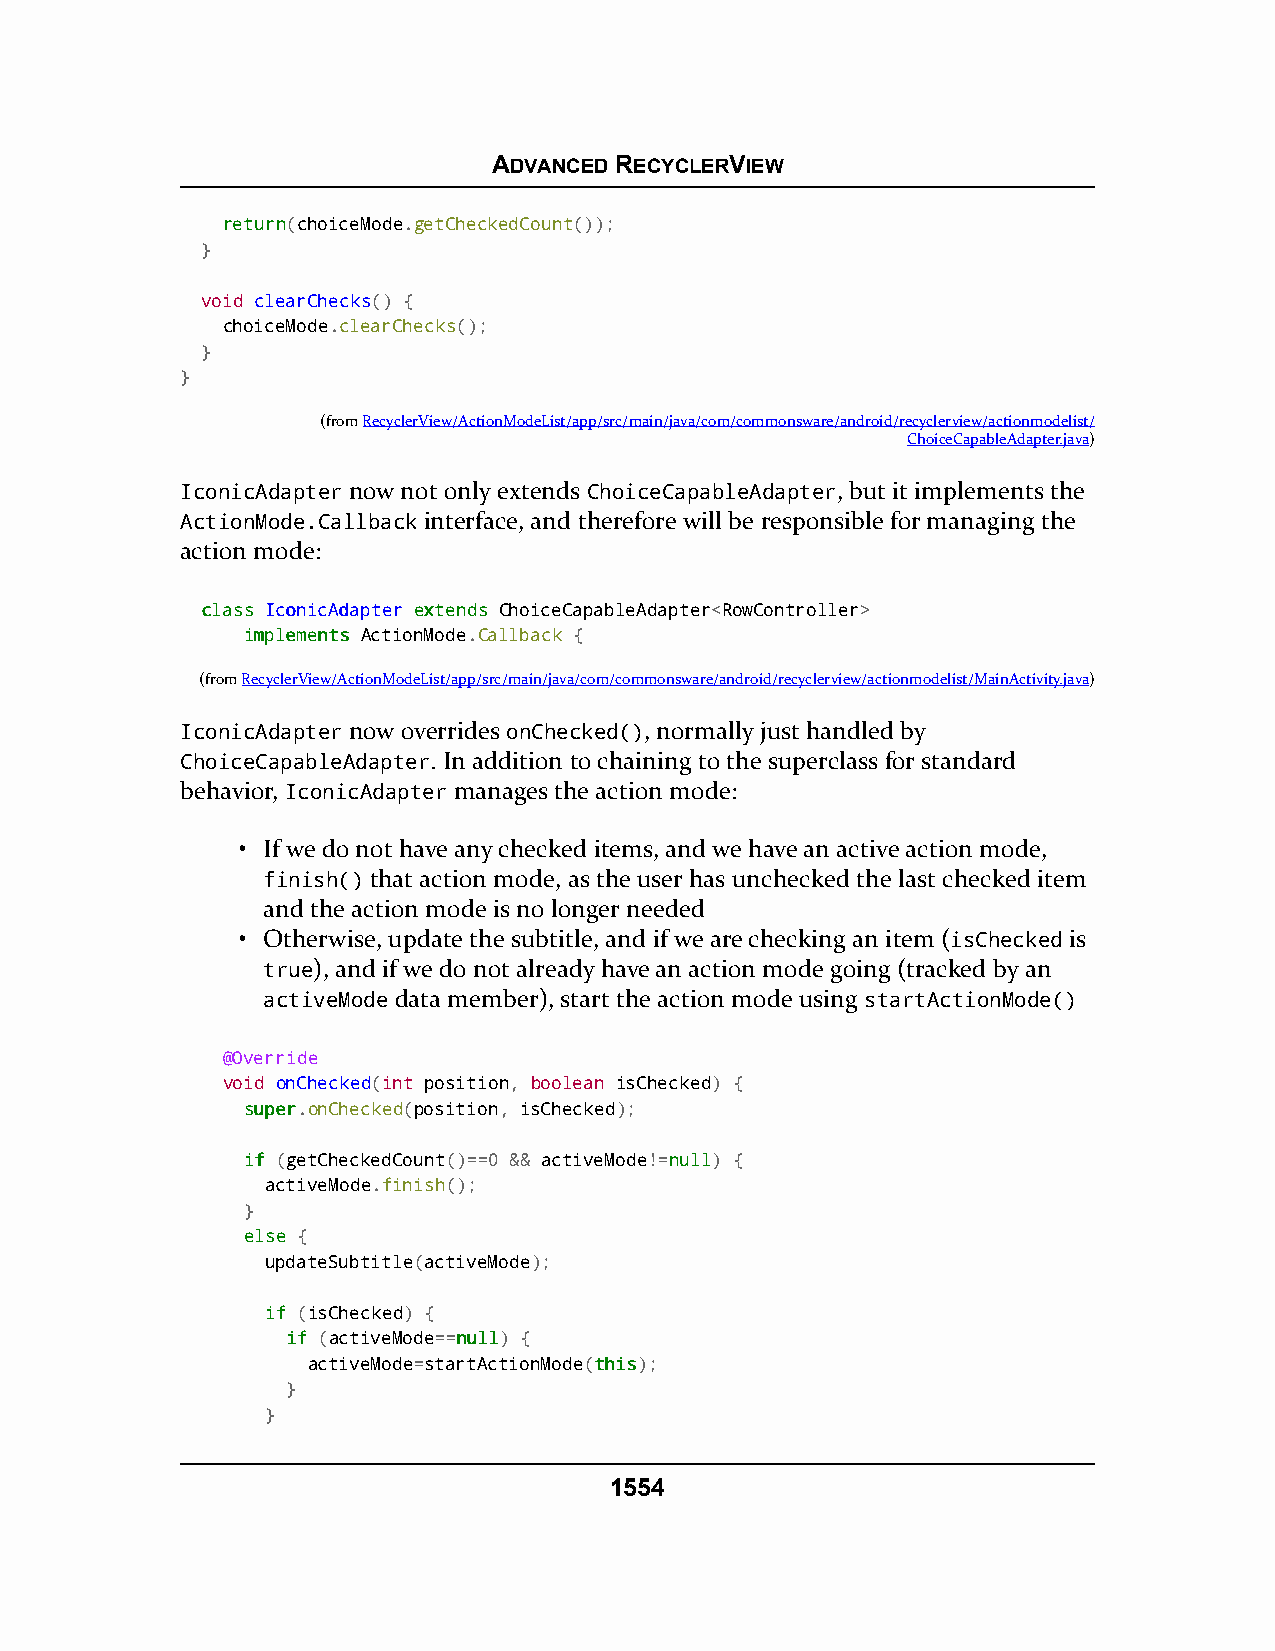
ADVANCED RECYCLERVIEW
 rreettuurrnn(choiceMode.getCheckedCount());
 }
 void clearChecks() {
 choiceMode.clearChecks();
 }
 }
 (fromRecyclerView/ActionModeList/app/src/main/java/com/commonsware/android/recyclerview/actionmodelist/
 ChoiceCapableAdapter.java)
 IconicAdapter now not only extends ChoiceCapableAdapter, but it implements the
 ActionMode.Callback interface, and therefore will be responsible for managing the
 action mode:
 ccllaassss IIccoonniiccAAddaapptteerr eexxtteennddss ChoiceCapableAdapter<RowController>
 iimmpplleemmeennttss ActionMode.Callback {
 (fromRecyclerView/ActionModeList/app/src/main/java/com/commonsware/android/recyclerview/actionmodelist/MainActivity.java)
 IconicAdapter now overrides onChecked(), normally just handled by
 ChoiceCapableAdapter. In addition to chaining to the superclass for standard
 behavior, IconicAdapter manages the action mode:
 • If we do not have any checked items, and we have an active action mode,
 finish() that action mode, as the user has unchecked the last checked item
 and the action mode is no longer needed
 • Otherwise, update the subtitle, and if we are checking an item (isChecked is
 true), and if we do not already have an action mode going (tracked by an
 activeMode data member), start the action mode using startActionMode()
 @Override
 void onChecked(int position, boolean isChecked) {
 ssuuppeerr.onChecked(position, isChecked);
 iiff (getCheckedCount()==0 && activeMode!=nnuullll) {
 activeMode.finish();
 }
 eellssee {
 updateSubtitle(activeMode);
 iiff (isChecked) {
 iiff (activeMode==nnuullll) {
 activeMode=startActionMode(tthhiiss);
 }
 }
 1554